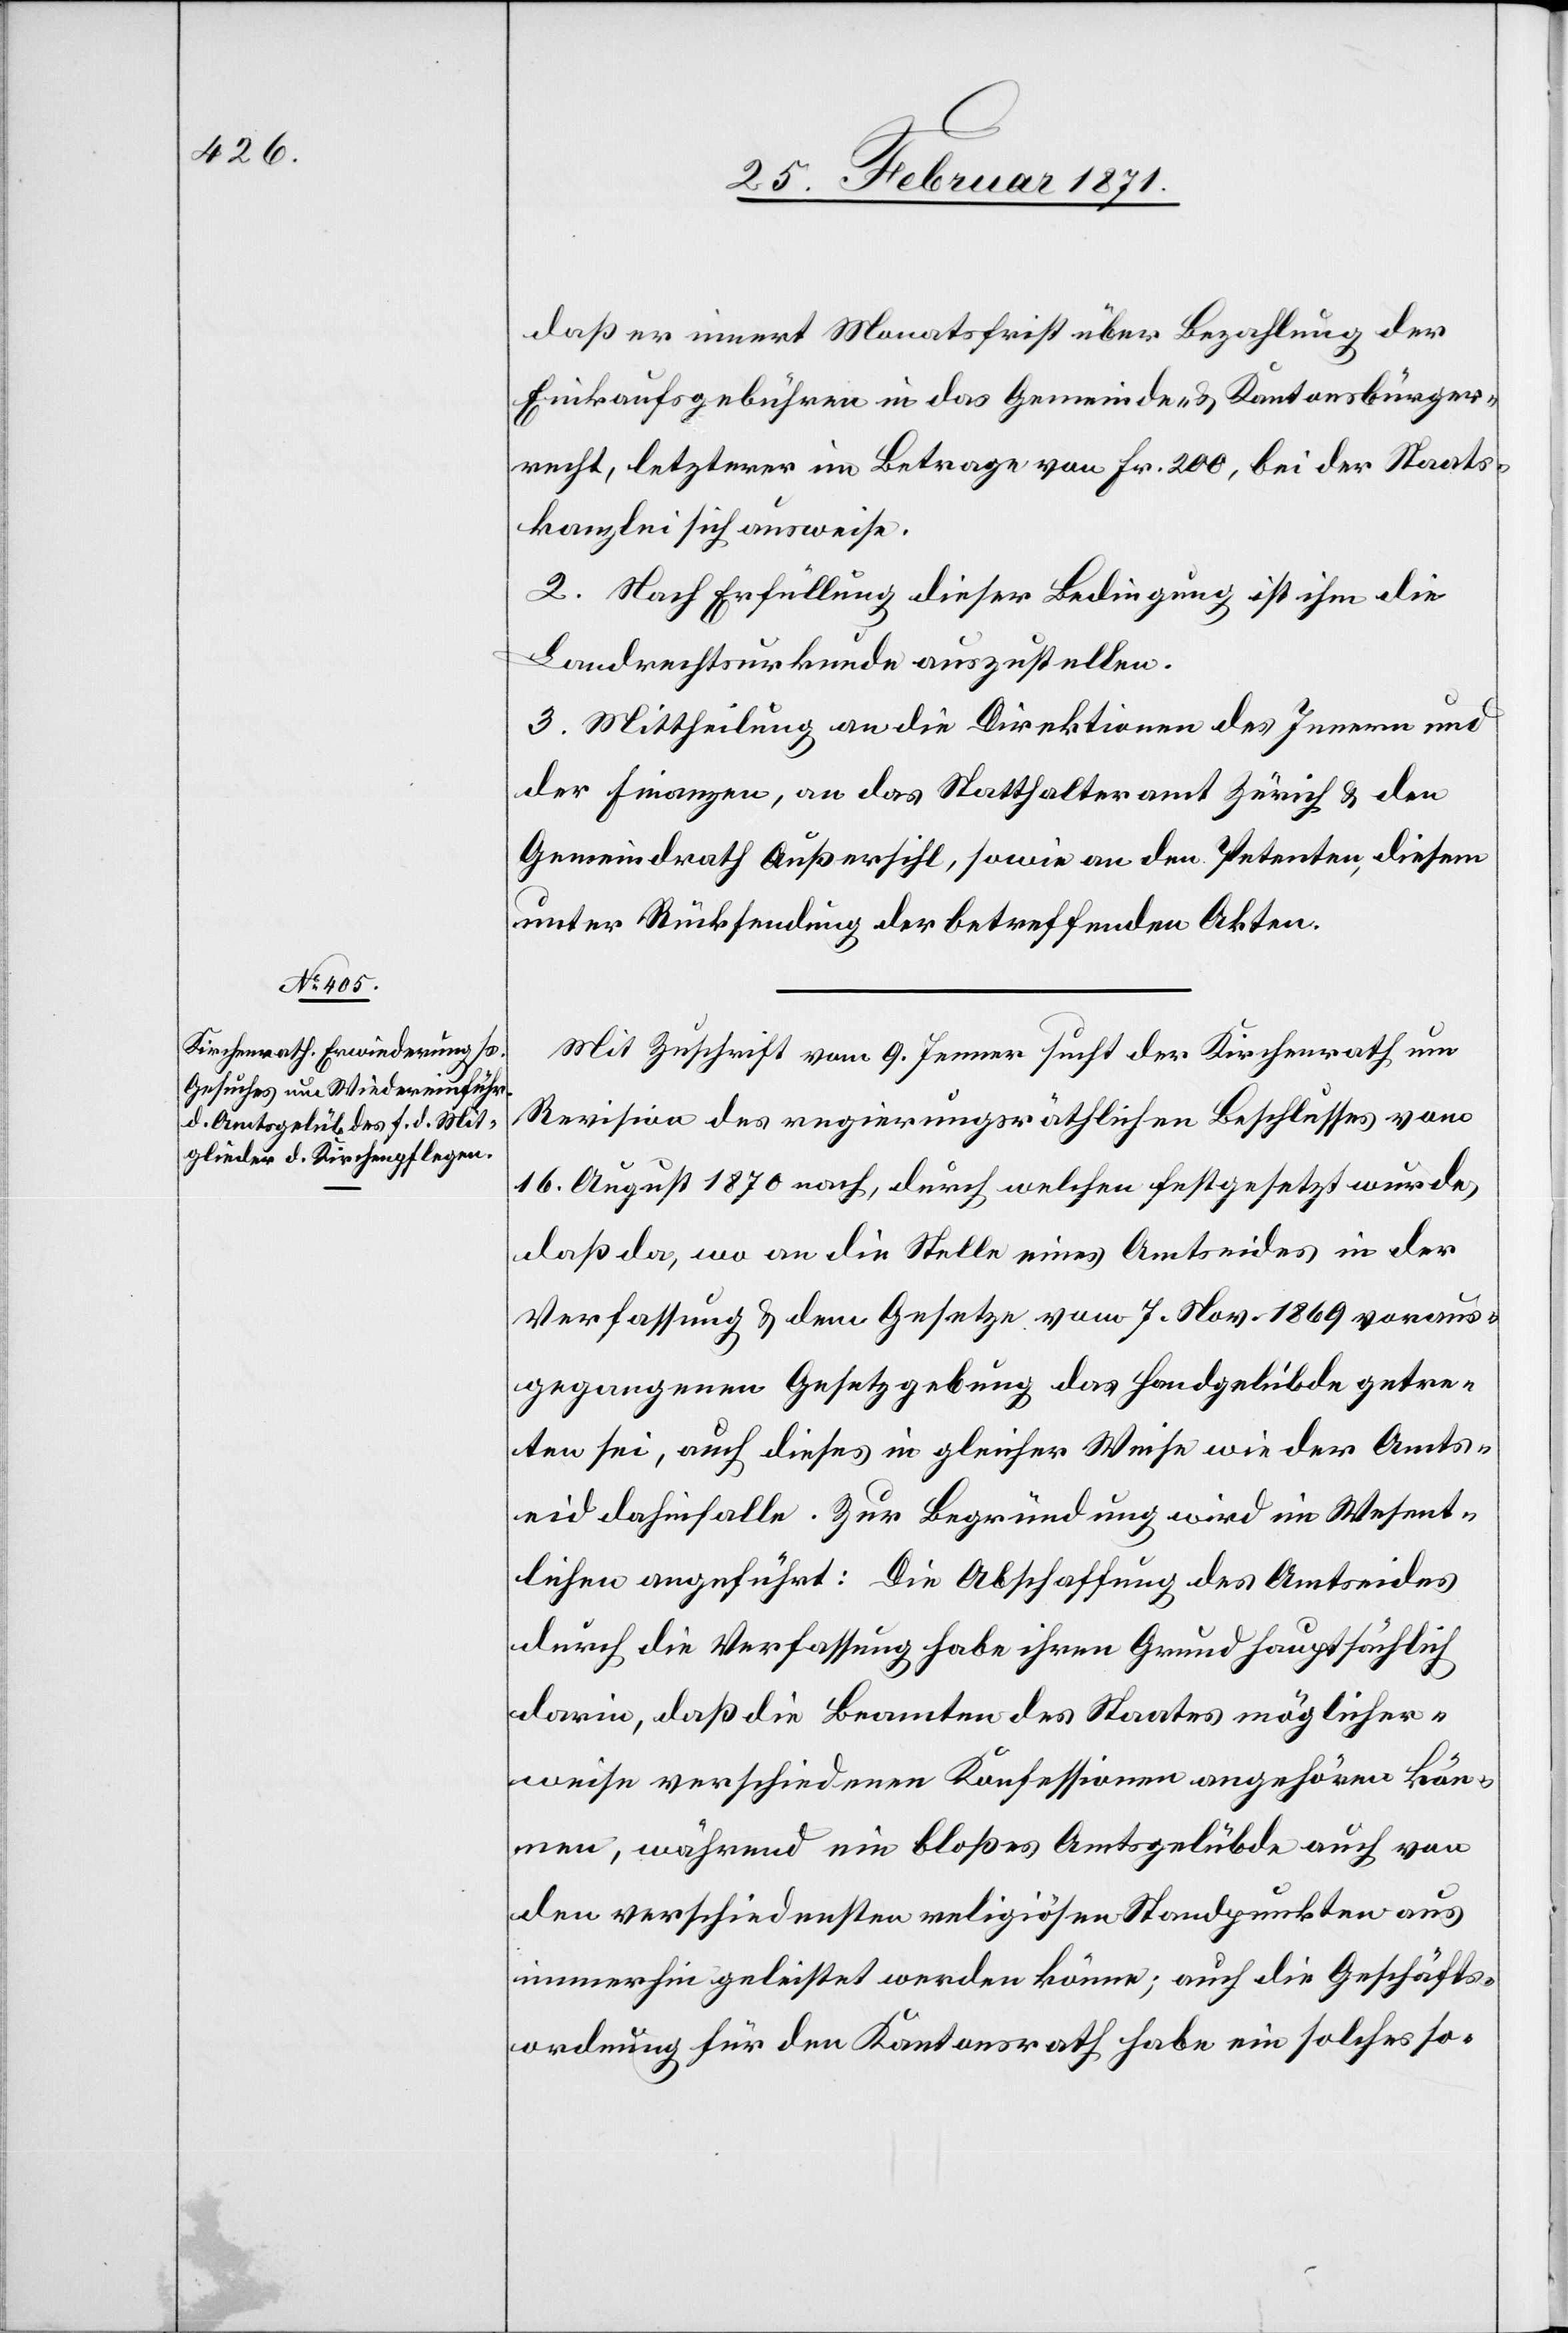
daß er innert Monatsfrist über Bezahlung der
Einkaufsgebühren in das Gemeinde- u. Kantonsbürger¬
recht, letzterer im Betrage von Fr. 200, bei der Staats¬
kanzlei sich ausweise.
2. Nach Erfüllung dieser Bedingung ist ihm die
Landrechtsurkunde auszustellen.
3. Mittheilung an die Direktion des Innern und
der Finanzen, an das Statthalteramt Zürich u. den
Gemeindrath Außersihl, sowie an den Petenten, diesem
unter Rücksendung der betreffenden Akten.
Mit Zuschrift vom 9. Jenner sucht der Kirchenrath um
Revision des regierungsräthlichen Beschlusses vom
16. August 1870 nach, durch welchen festgesetzt wurde,
daß da, wo an die Stelle eines Amtseides in der
Verfassung u. dem Gesetzte vom 7. Nov. 1869 voraus¬
gegangenen Gesetzgebung das Handgelübde getre¬
ten sei, auch dieses in gleicher Weise wie der Amts¬
eid dahinfalle. Zur Begründung wird im Wesent¬
lichen angeführt: Die Abschaffung des Amtseides
durch die Verfassung habe ihren Grund hauptsächlich
darin, daß die Beamten des Staates möglicher¬
weise verschiedenen Konfessionen angehören kön¬
nen, während ein bloßes Amtsgelübde auch von
den verschiedensten religiösen Standpunkten aus
immerhin geleistet werden könne; auch die Geschäfts¬
ordnung für den Kantonsrath habe ein solches so-